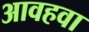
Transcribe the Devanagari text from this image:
आवहवा